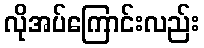
လိုအပ်ကြောင်းလည်း